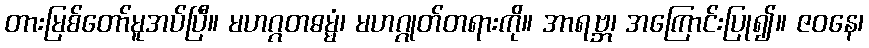
တားမြစ်တော်မူအပ်ပြီ။ မဟဂ္ဂတဓမ္မံ၊ မဟဂ္ဂုတ်တရားကို။ အာရဗ္ဘ၊ အကြောင်းပြု၍။ ဇဝနေ၊